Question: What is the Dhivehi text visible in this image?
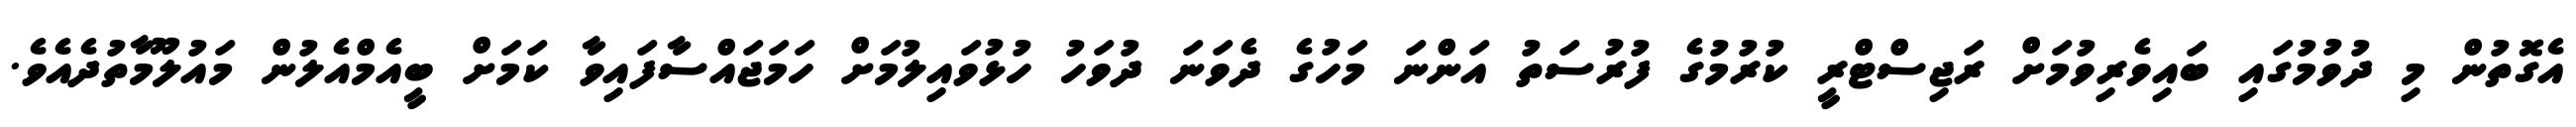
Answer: އެގޮތުން މި ދުވުމުގައި ބައިވެރިވުމަށް ރަޖިސްޓްރީ ކުރުމުގެ ފުރުސަތު އަންނަ މަހުގެ ދެވަނަ ދުވަހު ހުޅުވައިލުމަށް ހަމަޖައްސާފައިވާ ކަމަށް ބީއެމްއެލުން މައުލޫމާތުދެއެވެ.